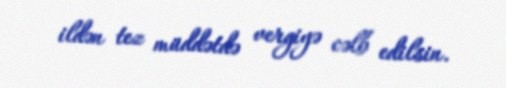
ildən tez müddətdə vergiyə cəlb edilsin.